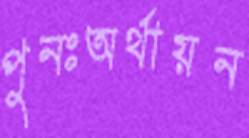
পুনঃঅর্থায়ন